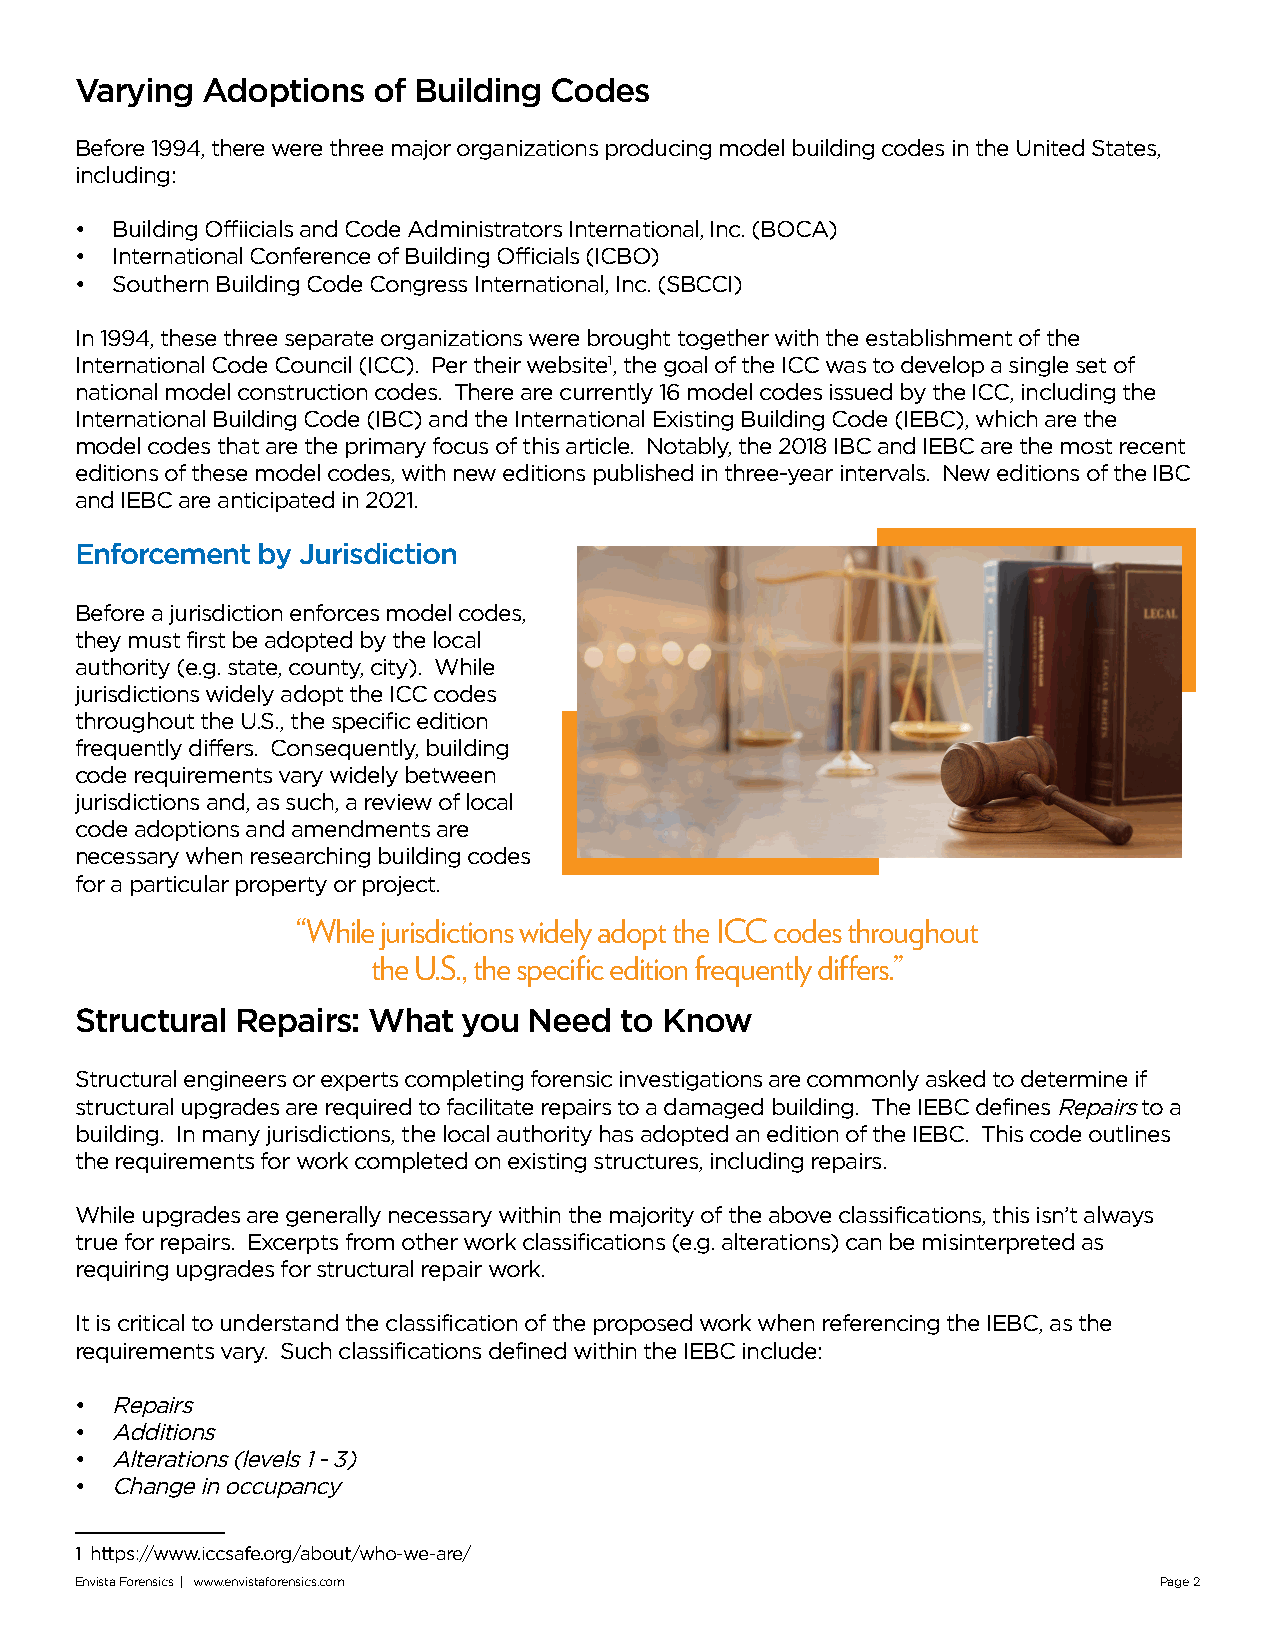
Varying Adoptions   of Building Codes
 Before 1994, there were three major organizations producing model building codes in the United States,
 including:
 • Building Offiicials and Code Administrators International, Inc. (BOCA)
 • International Conference of Building Officials (ICBO)
 • Southern Building Code Congress International, Inc. (SBCCI)
 In 1994, these three separate organizations were brought together with the establishment of the
 International Code Council (ICC). Per their website1, the goal of the ICC was to develop a single set of
 national model construction codes. There are currently 16 model codes issued by the ICC, including the
 International Building Code (IBC) and the International Existing Building Code (IEBC), which are the
 model codes that are the primary focus of this article. Notably, the 2018 IBC and IEBC are the most recent
 editions of these model codes, with new editions published in three-year intervals. New editions of the IBC
 and IEBC are anticipated in 2021.
 Enforcement by Jurisdiction
 Before a jurisdiction enforces model codes,
 they must first be adopted by the local
 authority (e.g. state, county, city). While
 jurisdictions widely adopt the ICC codes
 throughout the U.S., the specific edition
 frequently differs. Consequently, building
 code requirements vary widely between
 jurisdictions and, as such, a review of local
 code adoptions and amendments are
 necessary when researching building codes
 for a particular property or project.
 “While jurisdictions widely adopt the ICC codes throughout
 the U.S., the specific edition frequently differs.”
 Structural Repairs: What  you Need  to Know
 Structural engineers or experts completing forensic investigations are commonly asked to determine if
 structural upgrades are required to facilitate repairs to a damaged building. The IEBC defines Repairs to a
 building. In many jurisdictions, the local authority has adopted an edition of the IEBC. This code outlines
 the requirements for work completed on existing structures, including repairs.
 While upgrades are generally necessary within the majority of the above classifications, this isn’t always
 true for repairs. Excerpts from other work classifications (e.g. alterations) can be misinterpreted as
 requiring upgrades for structural repair work.
 It is critical to understand the classification of the proposed work when referencing the IEBC, as the
 requirements vary. Such classifications defined within the IEBC include:
 • Repairs
 • Additions
 • Alterations (levels 1 - 3)
 • Change in occupancy
 1 https://www.iccsafe.org/about/who-we-are/
 Envista Forensics | www.envistaforensics.com                            Page 2